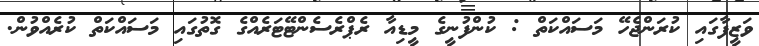
ވަޒީފާގައި ކުރަންޖެހޭ މަސައްކަތް : ކުންފުނީގެ މީޑިއާ ރެޕްރެސެންޓޭޓަރެއްގެ ގޮތުގައި މަސައްކަތް ކުރެއްވުން.